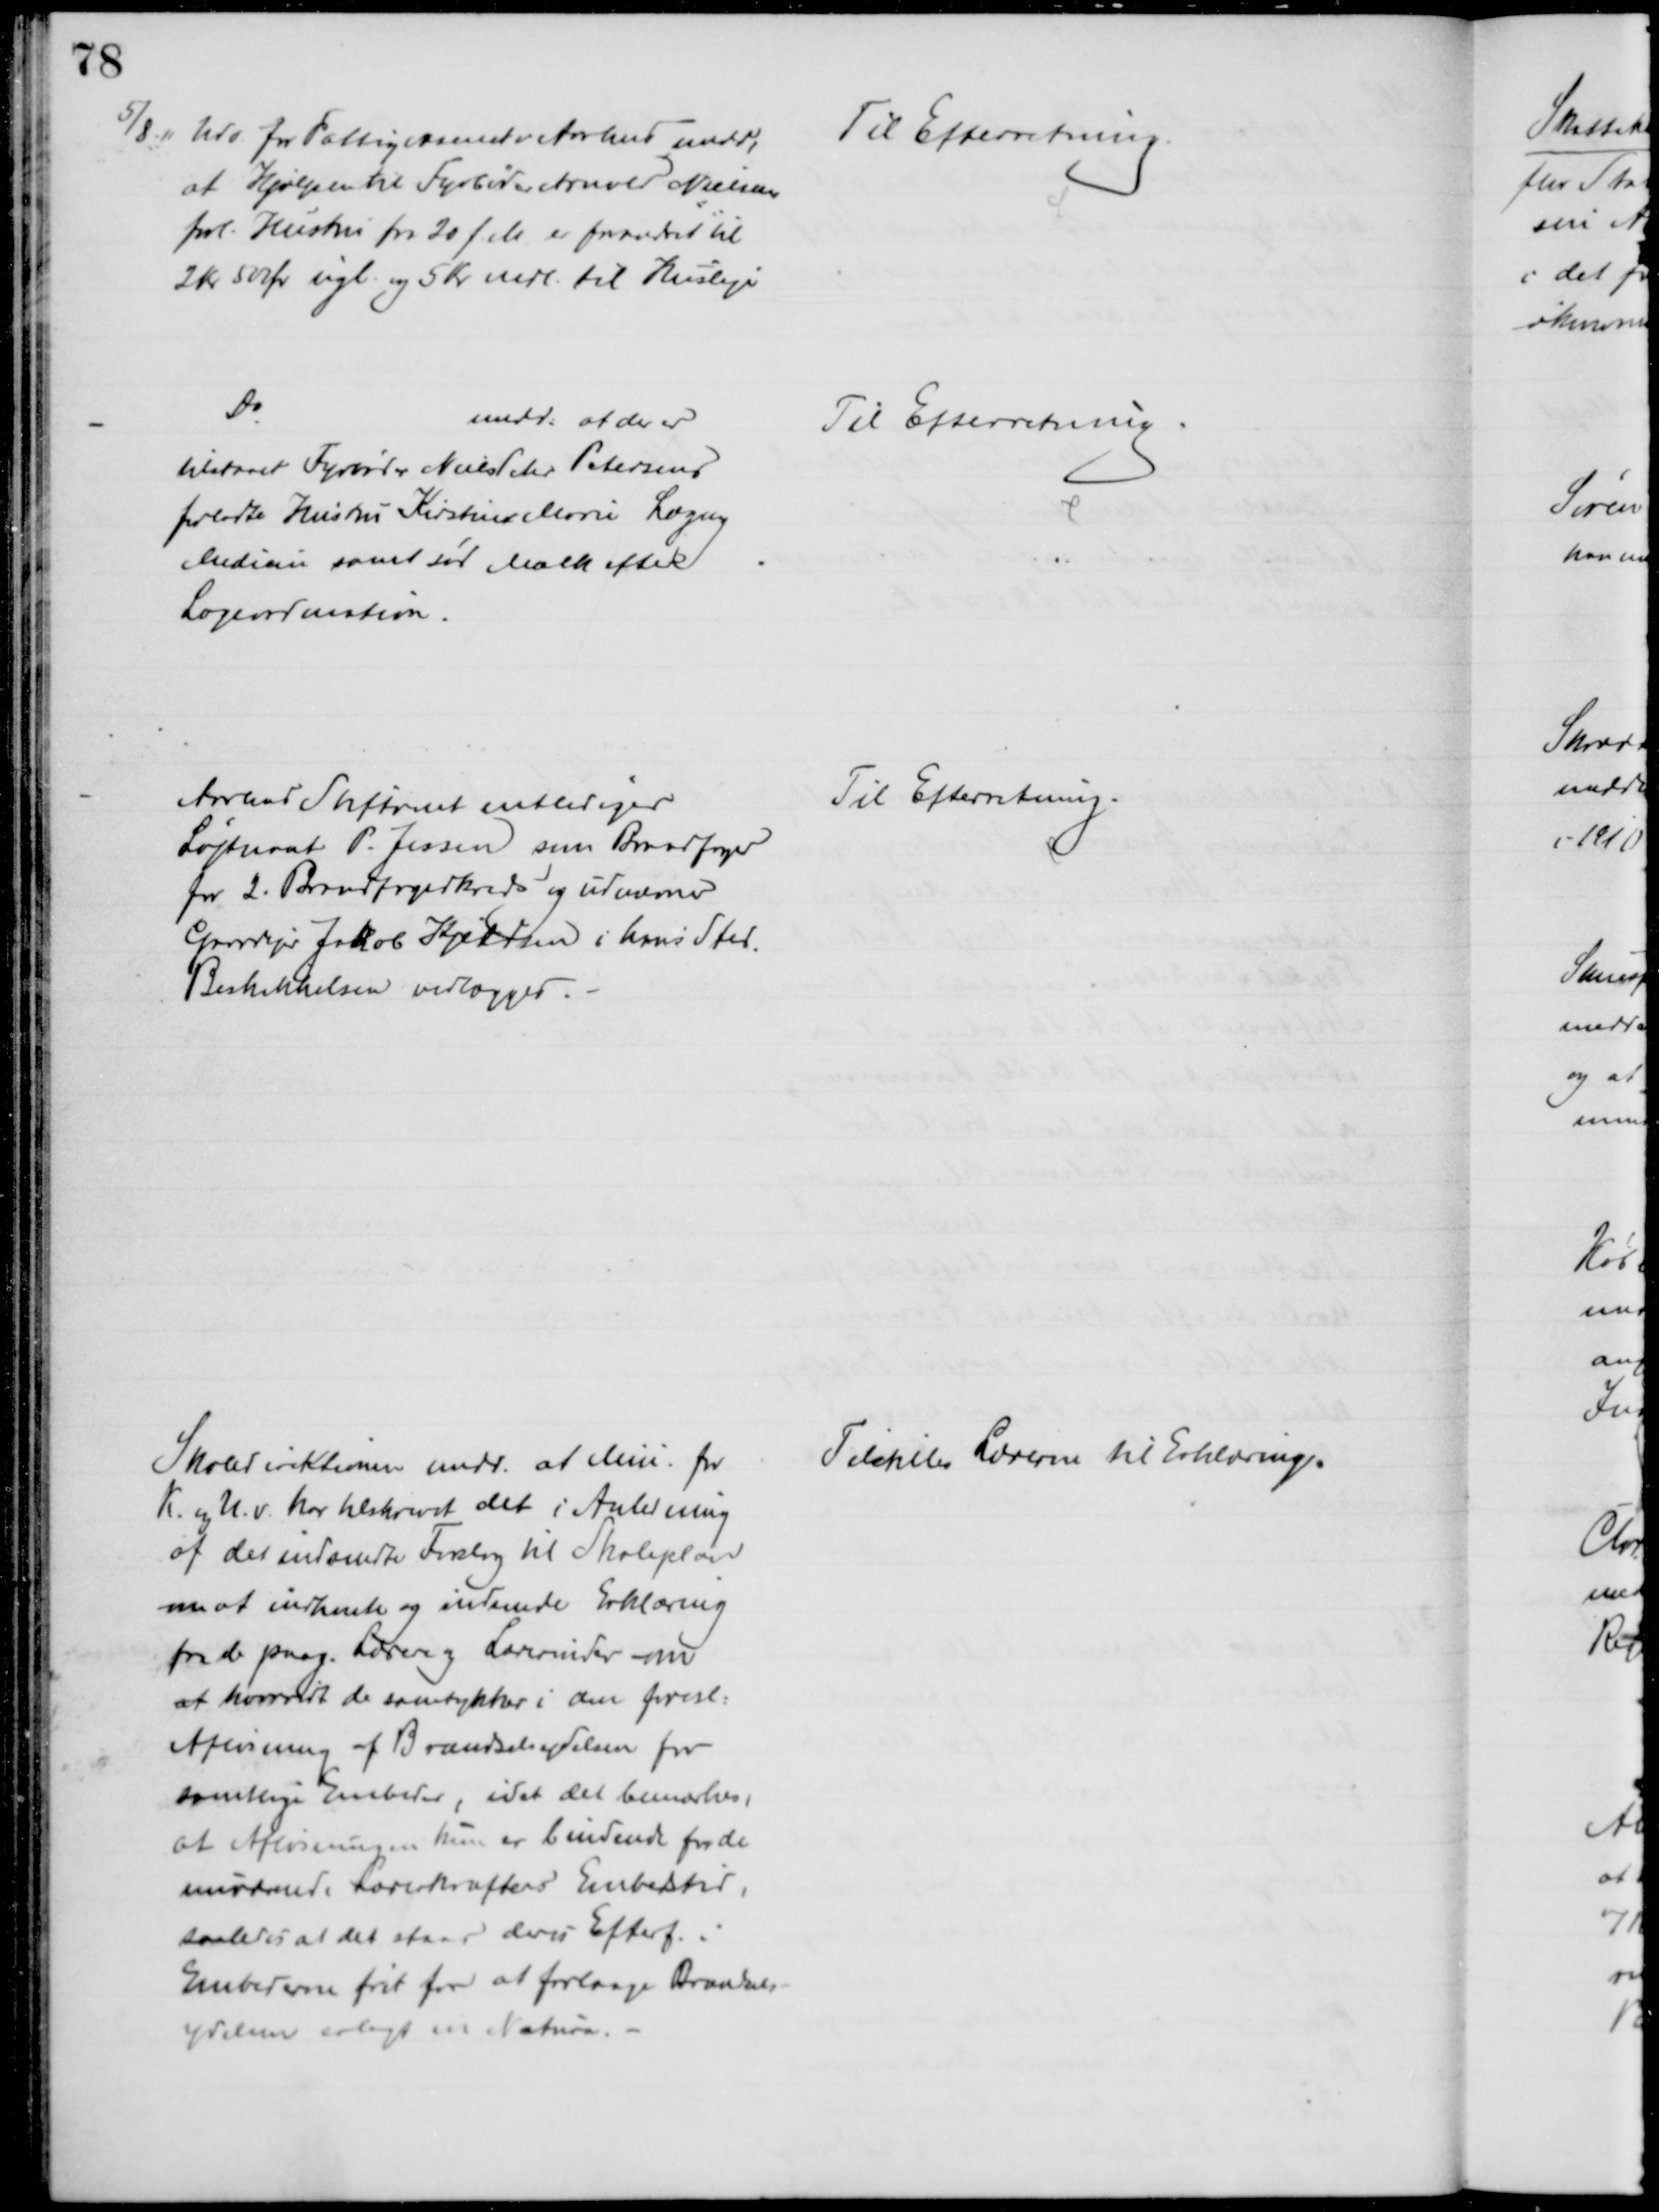
Transskription:
5/8. " Udv. for Fattigvæsenet i Aarhus medd,
at Hjælpen til Fyrbøder Arnold Nielsens
forl. Hustru fra 20 f. M. er forandret til 
2 kr 50 Øre ugl og 5 Kr mdl. til Husleje
Til Efterretning.
Do
medd. at der er
tilstaaet Fyrbøder Niels Peter Petersens
forladte Hustru Kirstine Marie Læge og
Medicin samt sød Mælk efter
Lægeordination.
Til Efterretning.
Aarhus Stiftamt entlediger
Løjtnant P. Jessen som Brandfoged
for 2. Brandfogedkreds og udnævner
Gaardejer Jakob Kjeldsen i hans Sted.
Beskikkelsen vedlægges.
Til Efterretning.
Skoledirektionen medd. at Min. for
K. og U.v. har tilskrevet det i Anledning
af det indsendte Forslag til Skoleplan
om at indhente og indsende Erklæring
fra de paag. Lærere og Lærerinder om
at hvorvidt de samtykker i den foresl.
Afløsning af Brændselsydelsen for
samtlige embeder, idet det bemærkes
at Afløsningen kun er bindende for de
nuværende Lærerkræfters Embedstid,
saaledes at det staar deres Efterf. i
Embederne frit for at forlange Brændsels-
ydelsen erlagt in Natura.
Tilstilles Lærerne til Erklæring.